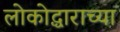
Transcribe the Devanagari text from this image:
लोकोद्धाराच्या